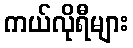
ကယ်လိုရီများ